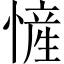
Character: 㦃